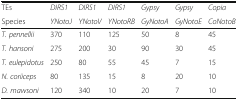
<table><thead><tr><td><b>TEs</b></td><td><b><i>DIRS1</i></b></td><td><b><i>DIRS1</i></b></td><td><b><i>DIRS1</i></b></td><td><b><i>Gypsy</i> </b></td><td><b><i>Gypsy</i> </b></td><td><b><i>Copia</i> </b></td></tr><tr><td><b>Species</b></td><td><b><i>YNotoJ</i></b></td><td><b><i>YNotoV</i></b></td><td><b><i>YNotoRB</i></b></td><td><b><i>GyNotoA</i></b></td><td><b><i>GyNotoE</i></b></td><td><b><i>CoNotoB</i></b></td></tr></thead><tbody><tr><td><i>T. pennellii</i></td><td>370</td><td>110</td><td>125</td><td>50</td><td>8</td><td>45</td></tr><tr><td><i>T. hansoni</i></td><td>275</td><td>200</td><td>30</td><td>90</td><td>30</td><td>45</td></tr><tr><td><i>T. eulepidotus</i></td><td>250</td><td>80</td><td>55</td><td>45</td><td>7</td><td>15</td></tr><tr><td><i>N. coriiceps</i></td><td>80</td><td>135</td><td>15</td><td>8</td><td>20</td><td>10</td></tr><tr><td><i>D. mawsoni</i></td><td>120</td><td>340</td><td>10</td><td>20</td><td>7</td><td>10</td></tr></tbody></table>